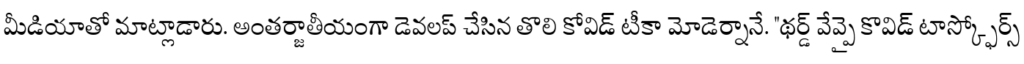
మీడియాతో మాట్లాడారు. అంతర్జాతీయంగా డెవలప్ చేసిన తొలి కోవిడ్ టీకా మోడెర్నానే. "థర్డ్ వేవ్పై కొవిడ్ టాస్క్ఫోర్స్